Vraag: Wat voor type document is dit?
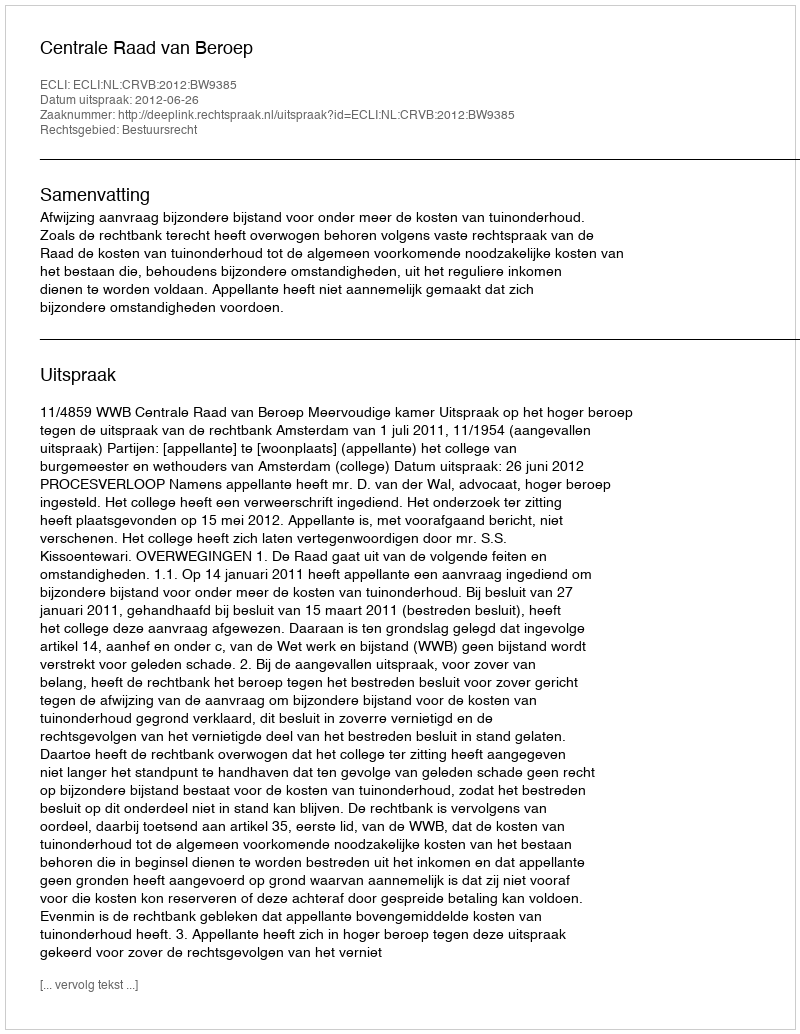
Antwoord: Uitspraak